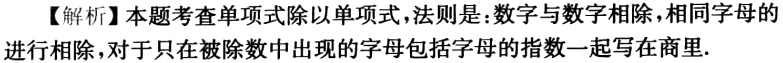
【解析】本题考查单项式除以单项式，法则是：数字与数字相除，相同字母的进行相除，对于只在被除数中出现的字母包括字母的指数一起写在商里.